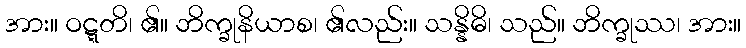
အား။ ဝဋ္ဋတိ၊ ၏။ ဘိက္ခုနိယာစ၊ ၏လည်း။ သန္နိဓိ၊ သည်။ ဘိက္ခုဿ၊ အား။